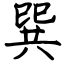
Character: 巽